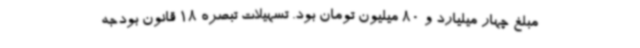
مبلغ چهار میلیارد و 80 میلیون تومان بود. تسهیلات تبصره 18 قانون بودجه